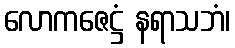
လောကဇေဋ္ဌံ နရာသဘံ၊